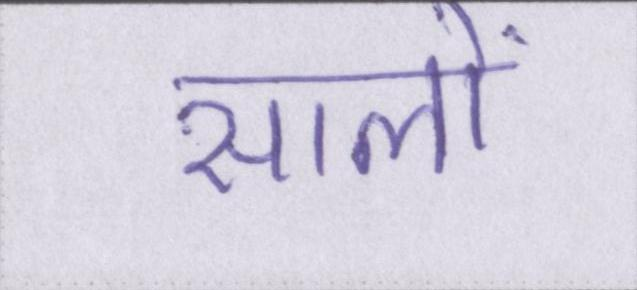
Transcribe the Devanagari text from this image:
सालों